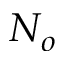
N _ { o }